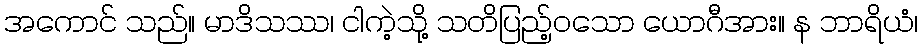
အကောင် သည်။ မာဒိသဿ၊ ငါကဲ့သို့ သတိပြည့်ဝသော ယောဂီအား။ န ဘာရိယံ၊